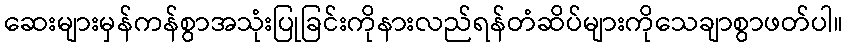
ဆေးများမှန်ကန်စွာအသုံးပြုခြင်းကိုနားလည်ရန်တံဆိပ်များကိုသေချာစွာဖတ်ပါ။